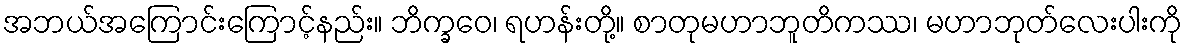
အဘယ်အကြောင်းကြောင့်နည်း။ ဘိက္ခဝေ၊ ရဟန်းတို့။ စာတုမဟာဘူတိကဿ၊ မဟာဘုတ်လေးပါးကို